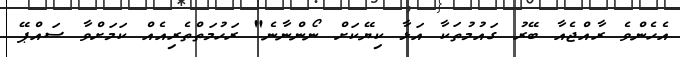
އެހެންވެ ރާއްޖެއާ ބޭރު ގައުމުތަކާ އަޅާ ކިޔޭކަށް ނޯންނާނެ" ރަހުމަތްތެރިއެއް ކަމަށްވާ ސައްޕޭ